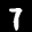
Label: 7